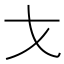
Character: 𭠍